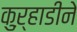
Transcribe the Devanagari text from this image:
कुऱ्हाडीने